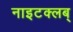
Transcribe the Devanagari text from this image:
नाइटक्लब्